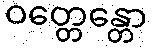
ဝတ္တေန္တော